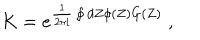
K = e ^ { \frac { 1 } { 2 \pi i } \oint d Z \phi ( Z ) G ( Z ) } \; ,